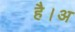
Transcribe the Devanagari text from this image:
है।अ